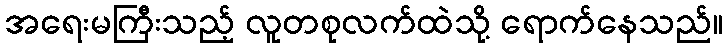
အရေးမကြီးသည့် လူတစုလက်ထဲသို့ ရောက်နေသည်။